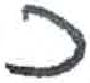
אות: כ